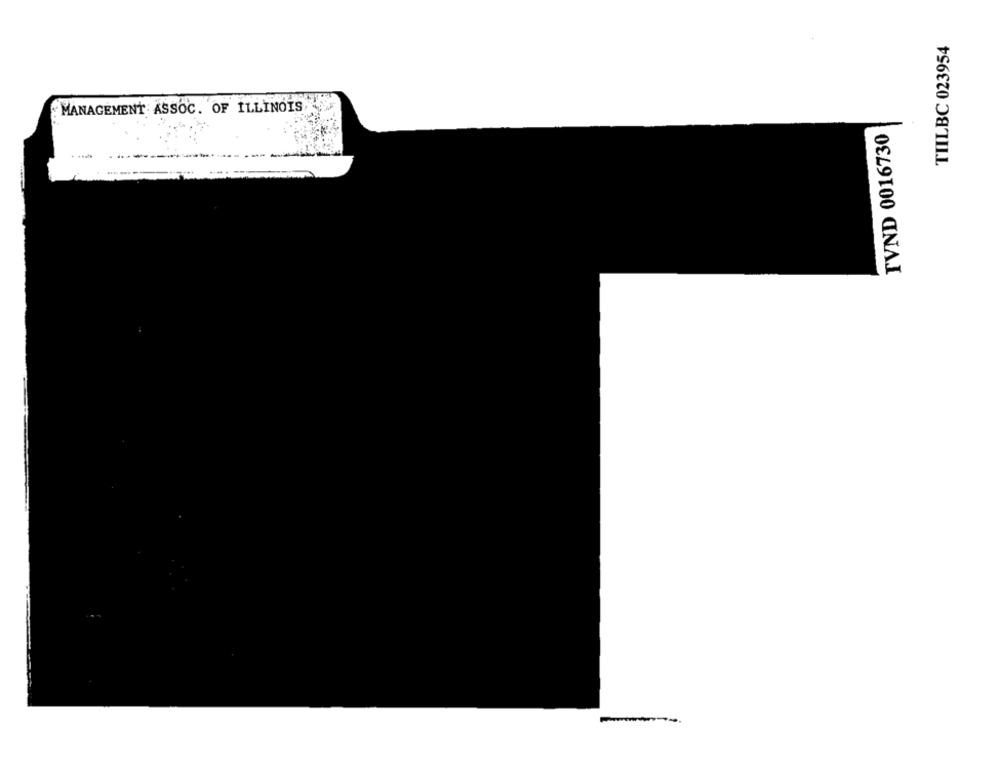
TIILBC 023954
MANAGEMENT ASSOC. OF ILLINOIS
TVND 0016730